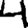
Digit: 4